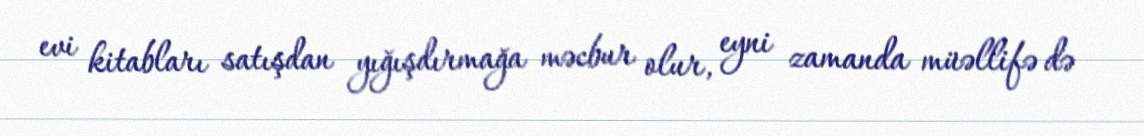
evi kitabları satışdan yığışdırmağa məcbur olur, eyni zamanda müəllifə də